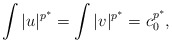
\begin{align*} \int |u|^{p^*} = \int |v|^{p^*} = c_0^{p^*},\end{align*}